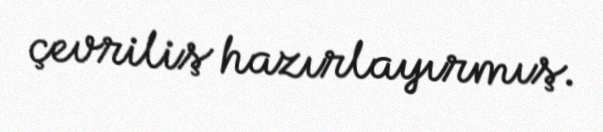
çevriliş hazırlayırmış.